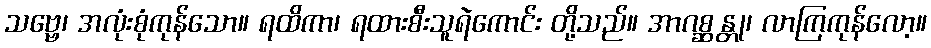
သဗ္ဗေ၊ အလုံးစုံကုန်သော။ ရထိကာ၊ ရထားစီးသူရဲကောင်း တို့သည်။ အာဂစ္ဆန္တု၊ လာကြကုန်လော့။